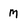
Character: M